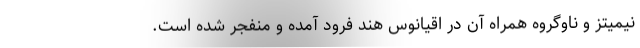
نیمیتز و ناوگروه همراه آن در اقیانوس هند فرود آمده و منفجر شده است.